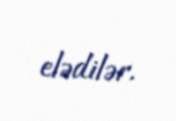
elədilər.